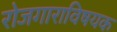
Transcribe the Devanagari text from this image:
रोजगाराविषयक